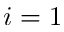
i = 1